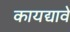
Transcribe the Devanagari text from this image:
कायद्यावे